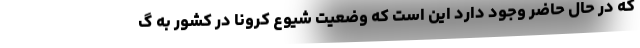
که در حال حاضر وجود دارد این است که وضعیت شیوع کرونا در کشور به گ